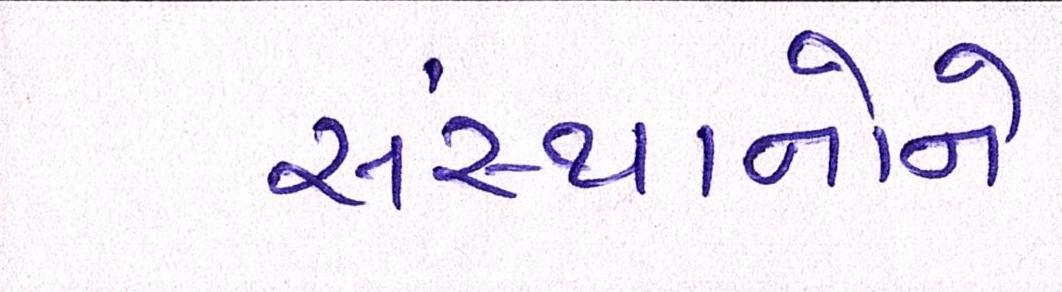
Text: સંસ્થાનોને